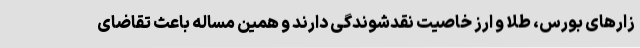
زارهای بورس، طلا و ارز خاصیت نقدشوندگی دارند و همین مساله باعث تقاضای